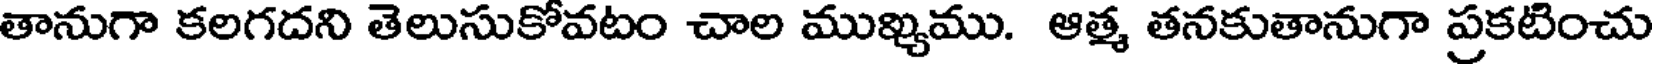
తానుగా కలగదని తెలుసుకోవటం చాల ముఖ్యము. ఆత్మ తనకుతానుగా ప్రకటించు